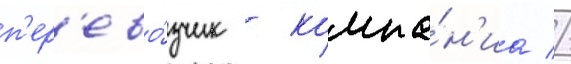
п'ер'ево́зчик - компа́н'иа //